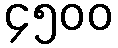
၄၅၀၀